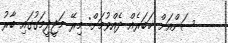
ސަންއަށް ޚަބަރެއް ދެއްވުމަށް: މިރޭ މަޖީދީމަގުގައި ބާރު